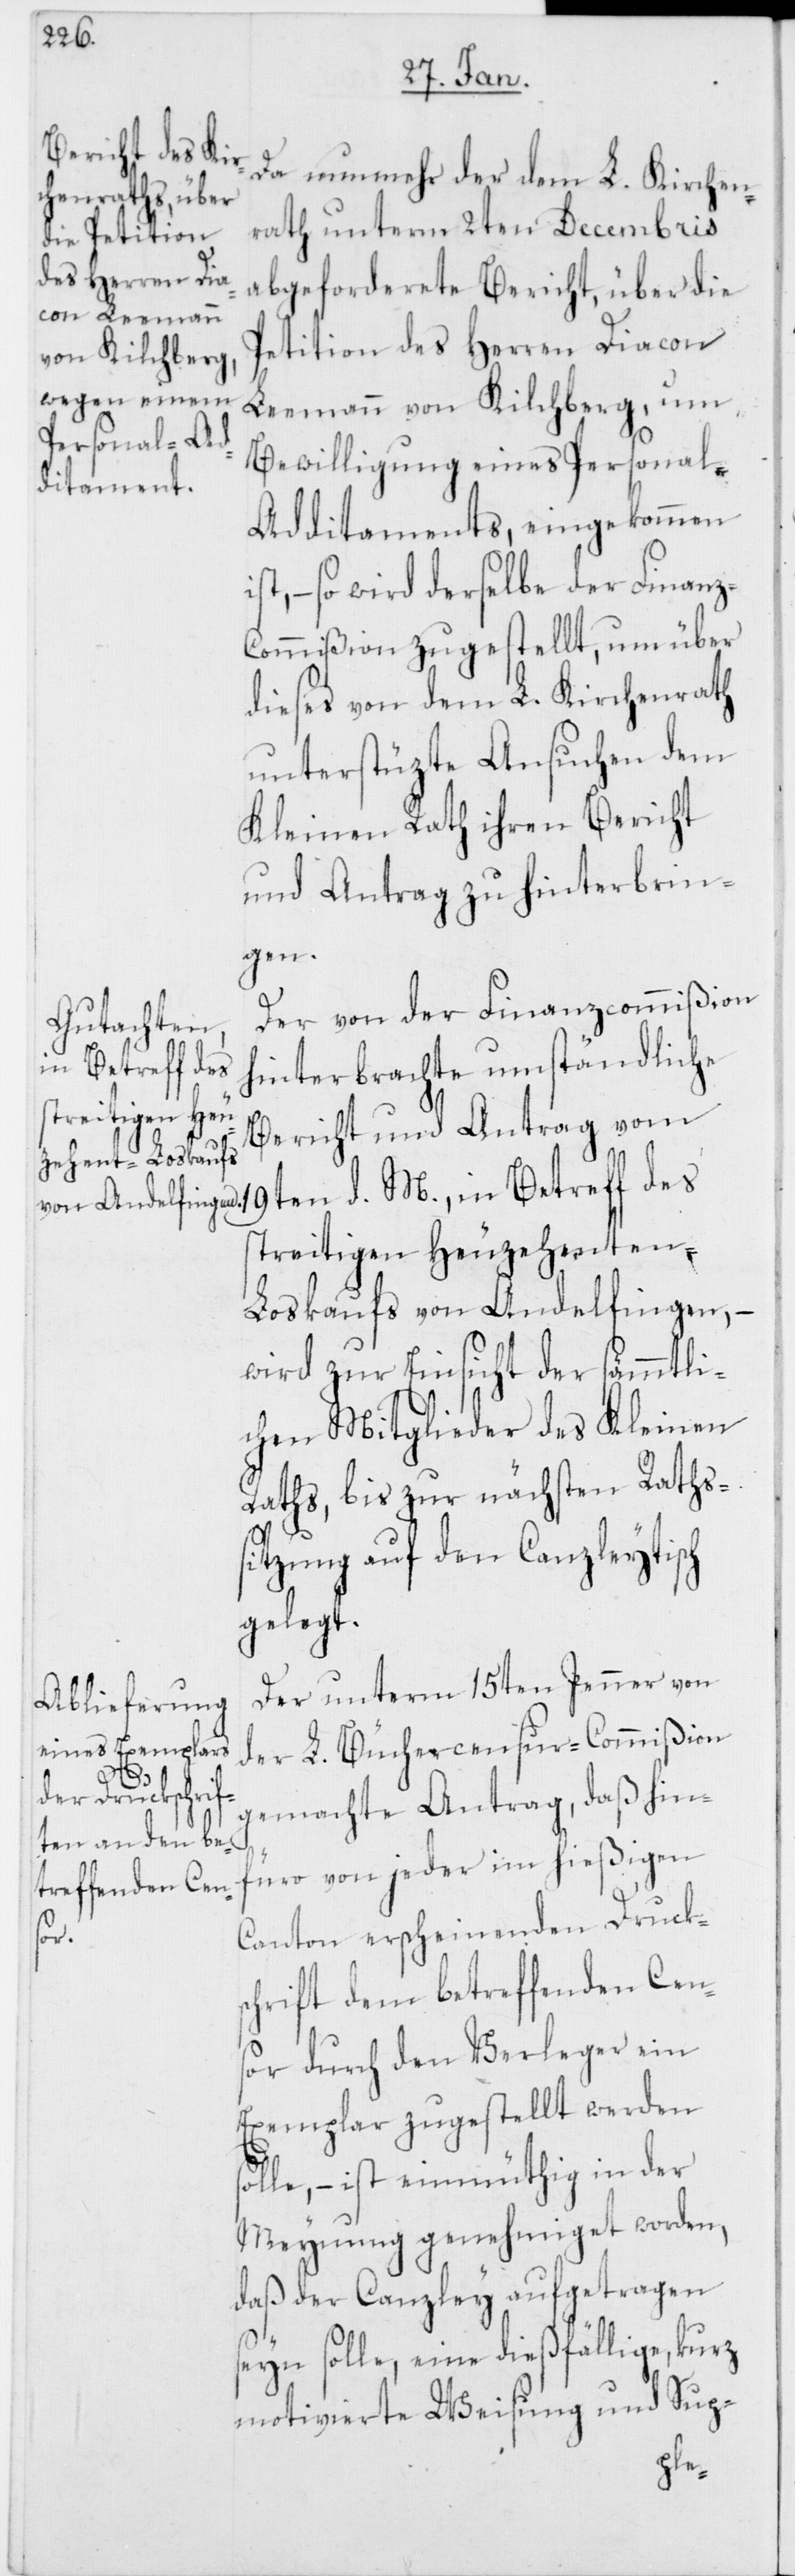
s¬

Da nunmehr der dem L. Kirchen¬
rath unterm 2ten Decembris
abgeforderte Bericht, über die
Petition des Herren Diacon
Leemann von Kilchberg, um
Bewilligung eines Personal-A¬
dditaments, eingekommen i¬
st, – so wird derselbe der Finan¬
ommißion zugestellt, um über
dieses von dem L. Kirchenrath
unterstüzte Ansuchen dem
Kleinen Rath ihren Bericht
und Antrag zu hinterbrin¬
gen.
Der von der Finanzcommißion
hinterbrachte umständliche
Bericht und Antrag vom
19ten d. M., in Betreff des
streitigen Heuzehenten-L¬
oskaufs von Andelfingen, –
wird zur Einsicht der sämmtli¬
chen Mitglieder des Kleinen
Raths, bis zur nächsten Raths¬
sitzung auf den Canzleytisch
gelegt.
Der unterm 15ten Jenner von
der L. Büchercensur-Commißion
gemachte Antrag, daß hin¬
füro von jeder im hießigen
Canton erscheinenden Drucks¬
chrift dem betreffenden Cen¬
sor durch den Verleger ein
Exemplar zugestellt werden
olle, – ist einmüthig in der
Meynung genehmiget worden,
daß der Canzley aufgetragen
seyn solle, eine dießfällige, kurz
motivierte Weisung und Sup-
z-C¬